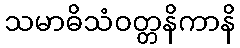
သမာဓိသံဝတ္တနိကာနိ